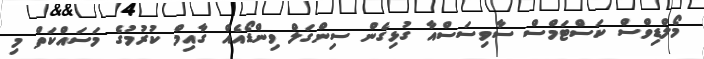
މޯލްޑިވްސް ކަސްޓަމްސް ސާވިސަސްއާ ގުޅިގެން ސިންގަލް ވިންޑޯއެއް ގާއިމް ކުރުމުގެ މަސައްކަތް މި